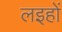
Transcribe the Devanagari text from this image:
लइहों